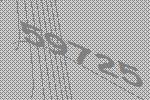
59725